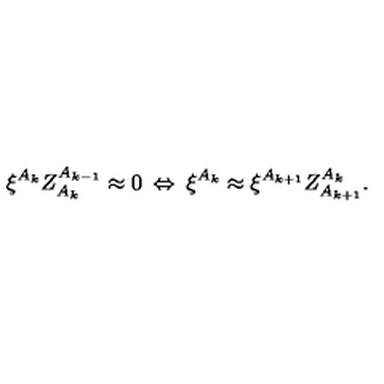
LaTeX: \xi ^ { A _ { k } } Z _ { A _ { k } } ^ { A _ { k - 1 } } \approx 0 \: \Leftrightarrow \: \xi ^ { A _ { k } } \approx \xi ^ { A _ { k + 1 } } Z _ { A _ { k + 1 } } ^ { A _ { k } } .